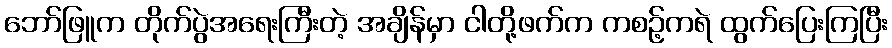
ဘော်ဖြူက တိုက်ပွဲအရေးကြီးတဲ့ အချိန်မှာ ငါတို့ဖက်က ကစဥ့်ကရဲ ထွက်ပြေးကြပြီး